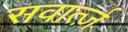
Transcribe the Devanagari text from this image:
सवार्त्ज़